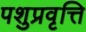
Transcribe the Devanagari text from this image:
पशुप्रवृत्ति